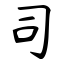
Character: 司